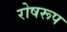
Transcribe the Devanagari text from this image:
रोषरूप